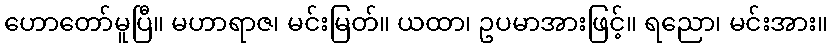
ဟောတော်မူပြီ။ မဟာရာဇ၊ မင်းမြတ်။ ယထာ၊ ဥပမာအားဖြင့်။ ရညော၊ မင်းအား။